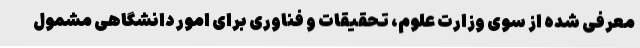
معرفی شده از سوی وزارت علوم، تحقیقات و فناوری برای امور دانشگاهی مشمول